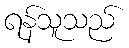
ရန်သူသည်